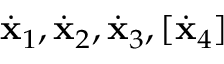
\dot { { \mathbf x } } _ { 1 } , \dot { { \mathbf x } } _ { 2 } , \dot { { \mathbf x } } _ { 3 } , [ \dot { { \mathbf x } } _ { 4 } ]